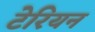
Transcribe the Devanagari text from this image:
टेरियन